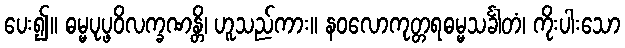
ပေး၍။ ဓမ္မပုပ္ဖဝိလက္ခဏန္တိ၊ ဟူသည်ကား။ နဝလောကုတ္တရဓမ္မသင်္ခါတံ၊ ကိုးပါးသော